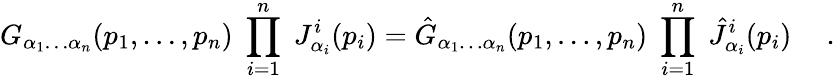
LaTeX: G_{\alpha_{1}\ldots\alpha_{n}}(p_{1},\ldots,p_{n})\; \prod_{i=1}^{n}\; J_{\alpha_{i}}^{i}(p_{i})=\hat{G}_{\alpha_{1}\ldots\alpha_{n}}(p_{1},\ldots,p_{n})\; \prod_{i=1}^{n}\; \hat{J}_{\alpha_{i}}^{i}(p_{i})\ \ \ \ \ .